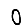
Digit: 0